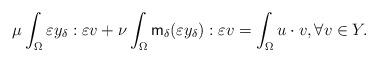
LaTeX: \begin{align*} \mu \int_{\Omega} \varepsilon y_\delta : \varepsilon v +\nu \int_{\Omega} \mathsf{m}_\delta (\varepsilon y_\delta) : \varepsilon v = \int_{\Omega} u \cdot v, \forall v \in Y. \end{align*}